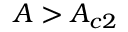
A > A _ { c 2 }